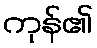
ကုန်၏